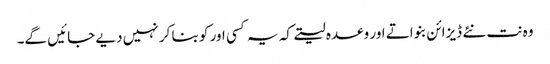
وہ نت نئے ڈیزائن بنواتے اور وعدہ لیتے کہ یہ کسی اور کو بنا کر نہیں دیے جائیں گے۔